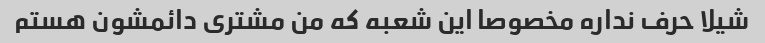
شیلا حرف نداره مخصوصا این شعبه که من مشتری دائمشون هستم